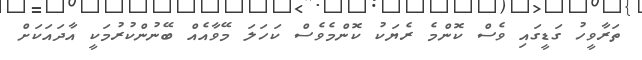
ތަރާވީހު ގަޑީގައި ވެސް ކޮންމެ ރެޔަކު ކޮންމެވެސް ކަހަލަ މޭވާއެއް ބޭނުންކުރުމަކީ އާދައަކަށް